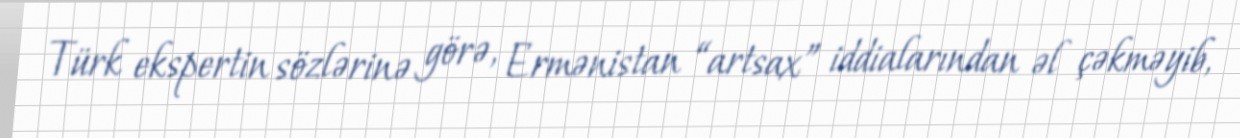
Türk ekspertin sözlərinə görə, Ermənistan “artsax” iddialarından əl çəkməyib,